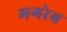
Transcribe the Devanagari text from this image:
मगरेब